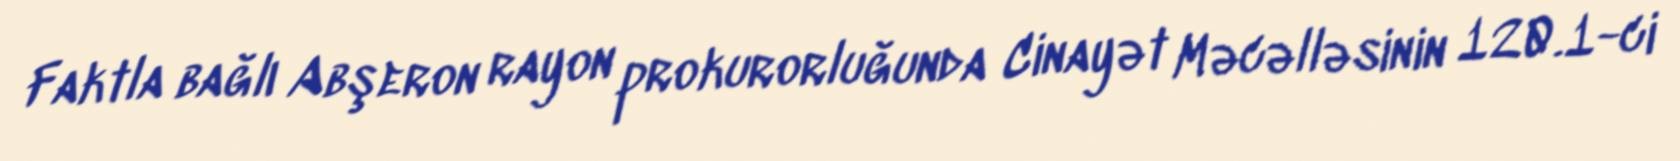
Faktla bağlı Abşeron rayon prokurorluğunda Cinayət Məcəlləsinin 120.1-ci